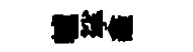
轤挲龕